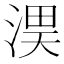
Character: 𭱏